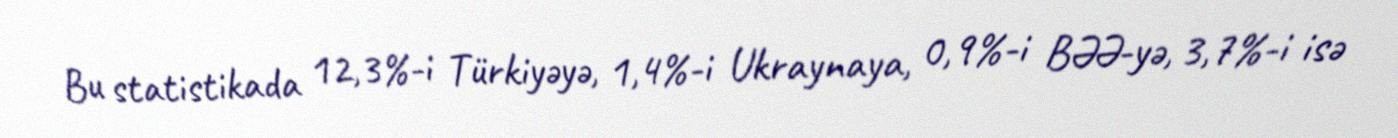
Bu statistikada 12,3%-i Türkiyəyə, 1,4%-i Ukraynaya, 0,9%-i BƏƏ-yə, 3,7%-i isə